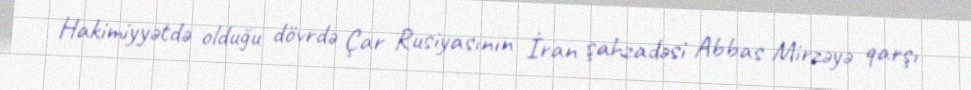
Hakimiyyətdə olduğu dövrdə Çar Rusiyasının İran şahzadəsi Abbas Mirzəyə qarşı